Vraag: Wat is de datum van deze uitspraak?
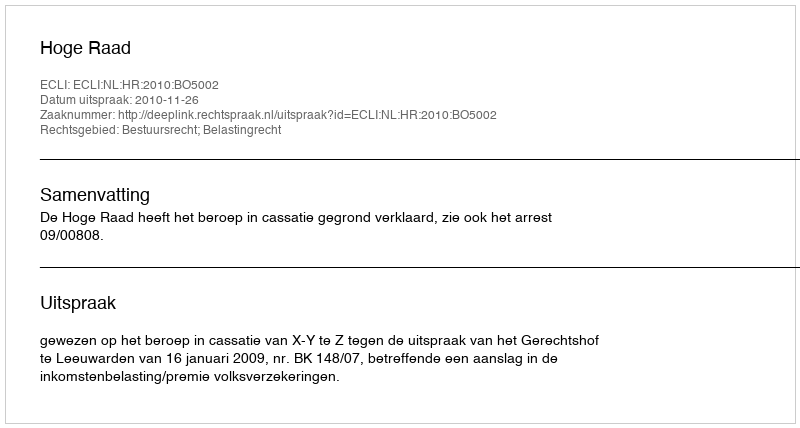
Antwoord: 2010-11-26